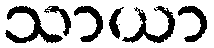
သာယာ